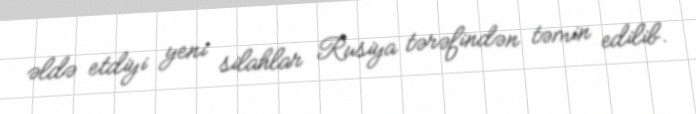
əldə etdiyi yeni silahlar Rusiya tərəfindən təmin edilib.